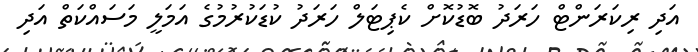
އަދި ރިކަރަންޓް ހަރަދު ބޮޑުކޮށް ކެޕިޓަލް ހަރަދު ކުޑަކުރުމުގެ އަމަލީ މަސައްކަތް އަދި